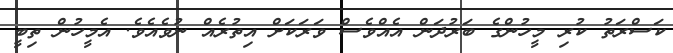
ކަސްރަތު ކުރި މީހުންގެ ބަރުދަން އެއްވެސް ވަރަކަށް އިތުރެއް ނުވެއެވެ. އެމީހުން ތިބީ